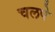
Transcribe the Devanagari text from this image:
चलपे